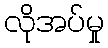
လိုအပ်မှု